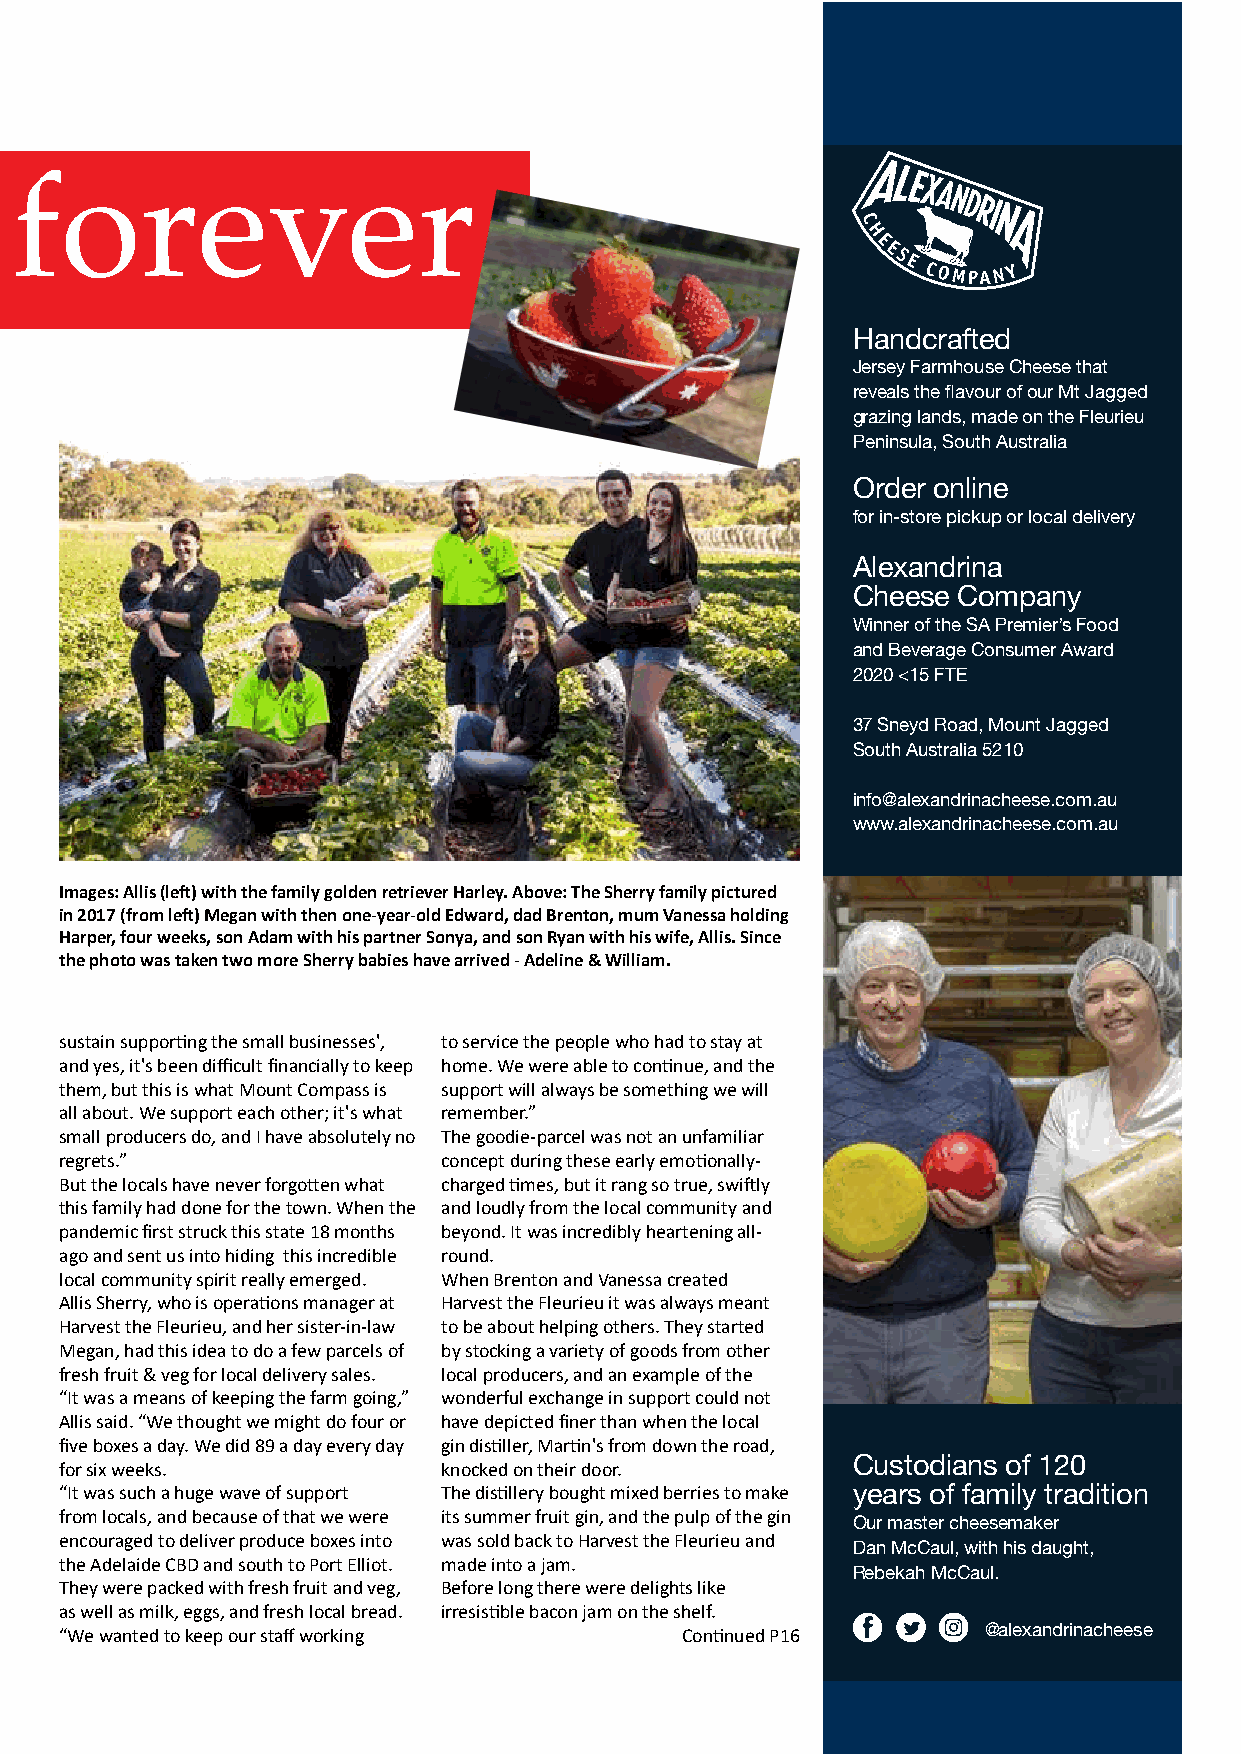
Strawberry fields forever
 Handcrafted
 Jersey Farmhouse Cheese that
 reveals the flavour of our Mt Jagged
 grazing lands, made on the Fleurieu
 Peninsula, South Australia
 Order online
 for in-store pickup or local delivery
 Alexandrina
 Cheese Company
 Winner of the SA Premier’s Food
 and Beverage Consumer Award
 2020 <15 FTE
 37 Sneyd Road, Mount Jagged
 South Australia 5210
 info@alexandrinacheese.com.au
 www.alexandrinacheese.com.au
 Images: Allis (left) with the family golden retriever Harley. Above: The Sherry family pictured
 in 2017 (from left) Megan with then one-year-old Edward, dad Brenton, mum Vanessa holding
 Harper, four weeks, son Adam with his partner Sonya, and son Ryan with his wife, Allis. Since
 the photo was taken two more Sherry babies have arrived - Adeline & William.
 sustain supporting the small businesses', to service the people who had to stay at
 and yes, it's been difficult financially to keep home. We were able to continue, and the
 them, but this is what Mount Compass is support will always be something we will
 all about. We support each other; it's what remember.”
 small producers do, and I have absolutely no The goodie-parcel was not an unfamiliar
 regrets.”                concept during these early emotionally-
 But the locals have never forgotten what charged times, but it rang so true, swiftly
 this family had done for the town. When the and loudly from the local community and
 pandemic first struck this state 18 months beyond. It was incredibly heartening all-
 ago and sent us into hiding this incredible round.
 local community spirit really emerged. When Brenton and Vanessa created
 Allis Sherry, who is operations manager at Harvest the Fleurieu it was always meant
 Harvest the Fleurieu, and her sister-in-law to be about helping others. They started
 Megan, had this idea to do a few parcels of by stocking a variety of goods from other
 fresh fruit & veg for local delivery sales. local producers, and an example of the
 “It was a means of keeping the farm going,” wonderful exchange in support could not
 Allis said. “We thought we might do four or have depicted finer than when the local
 five boxes a day. We did 89 a day every day gin distiller, Martin's from down the road,
 for six weeks.           knocked on their door.     Custodians of 120
 “It was such a huge wave of support The distillery bought mixed berries to make years of family tradition
 from locals, and because of that we were its summer fruit gin, and the pulp of the gin
 Our master cheesemaker
 encouraged to deliver produce boxes into was sold back to Harvest the Fleurieu and
 Dan McCaul, with his daught,
 the Adelaide CBD and south to Port Elliot. made into a jam.
 Rebekah McCaul.
 They were packed with fresh fruit and veg, Before long there were delights like
 as well as milk, eggs, and fresh local bread. irresistible bacon jam on the shelf.
 “We wanted to keep our staff working     Continued P16       @alexandrinacheese